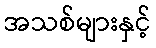
အသစ်များနှင့်